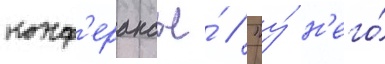
конф'ерансье́ / "у́ н'его́